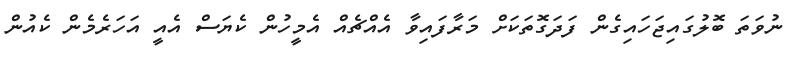
ނުވަތަ ބޮލުގައިޖަހައިގެން ފަދަގޮތަކަށް މަރާފައިވާ އެއްޗެއް އެމީހުން ކެޔަސް އެއީ އަހަރެމެން ކެއުން